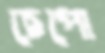
চেপো